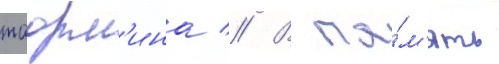
таорм'ина // В па́м'ять